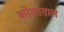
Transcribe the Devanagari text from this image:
कोलाताल